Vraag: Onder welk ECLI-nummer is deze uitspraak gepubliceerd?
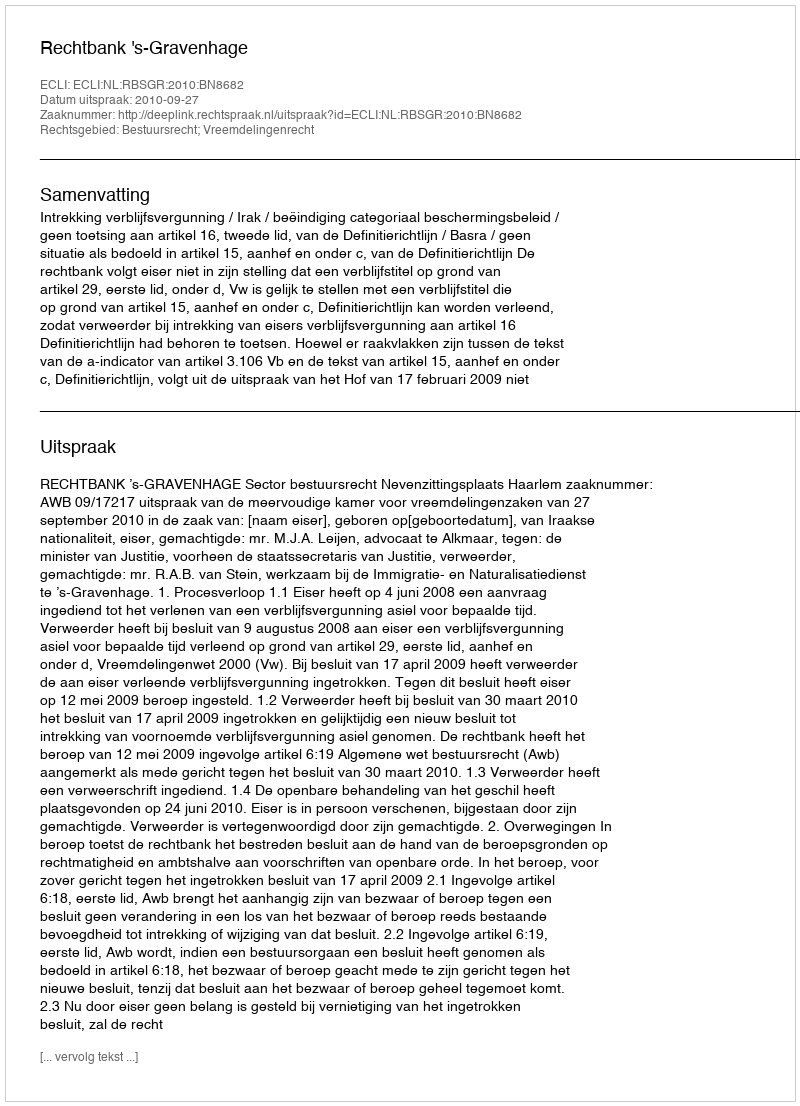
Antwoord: ECLI:NL:RBSGR:2010:BN8682